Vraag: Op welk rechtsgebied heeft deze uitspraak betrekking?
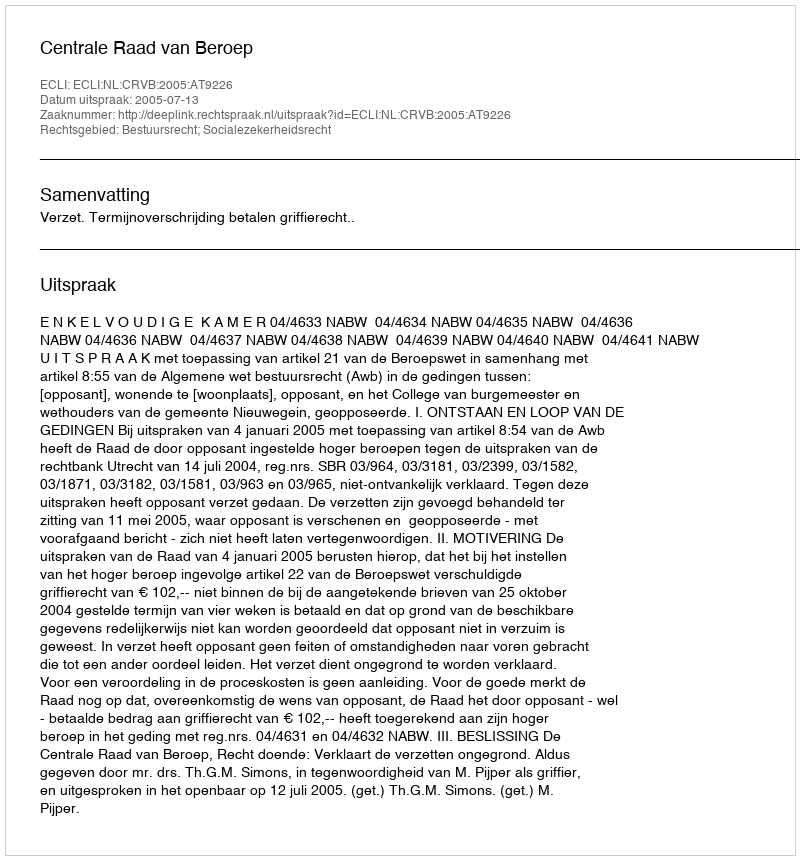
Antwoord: Bestuursrecht; Socialezekerheidsrecht